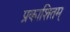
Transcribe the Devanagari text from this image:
प्रकाशितम्